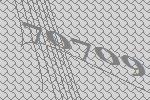
70709